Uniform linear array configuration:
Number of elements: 24
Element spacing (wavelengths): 0.25
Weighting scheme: cosine
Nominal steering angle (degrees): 60
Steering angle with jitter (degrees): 58.533
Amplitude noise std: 0.05
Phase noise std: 0.05

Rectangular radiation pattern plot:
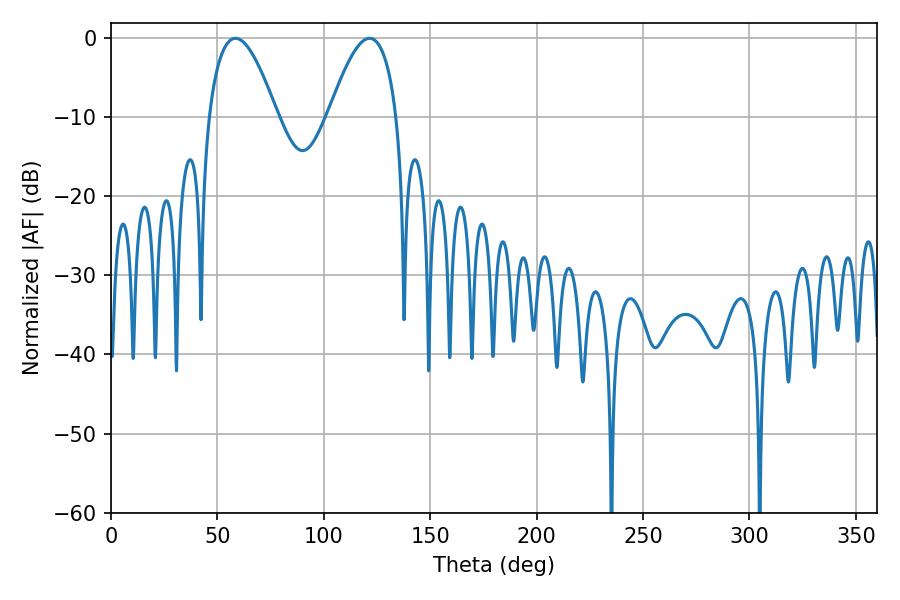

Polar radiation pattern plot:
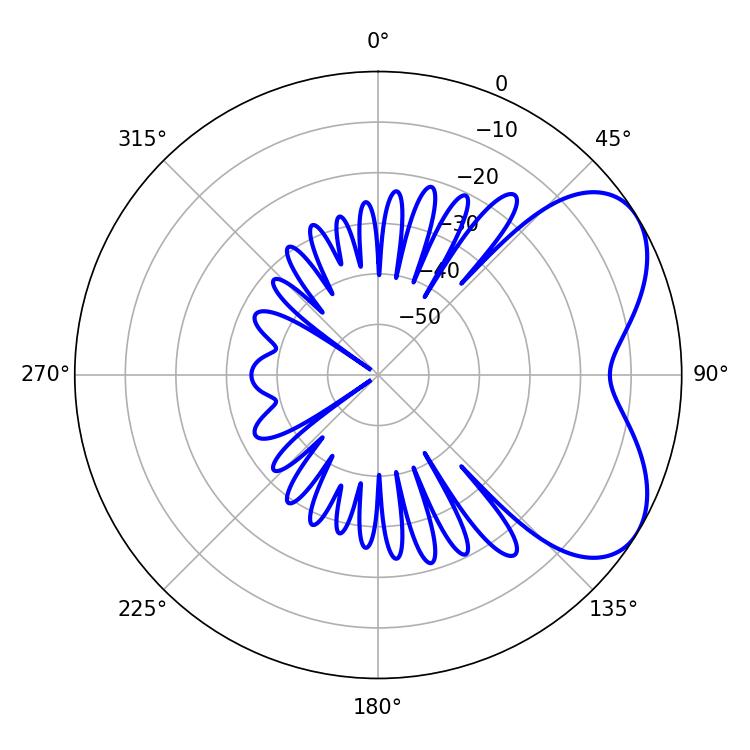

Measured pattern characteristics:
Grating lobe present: FALSE
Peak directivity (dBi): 5.345
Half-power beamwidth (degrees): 17.46
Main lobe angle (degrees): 58.5